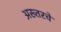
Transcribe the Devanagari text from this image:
अख्तरचे